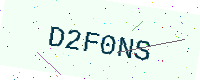
Text: D2F0NS